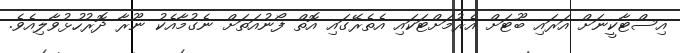
އިސްޓާކީނަށް އަރައި ބޫޓަށް އެރުމަށްޓަކައި އެތެރޭގައި އޮތް ފޯނުއަތަށް ނެގުމާއެކު ނޫރާ ދޮރުހުޅުވާލިއެވެ.